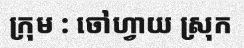
ក្រុម : ចៅហ្វាយ ស្រុក